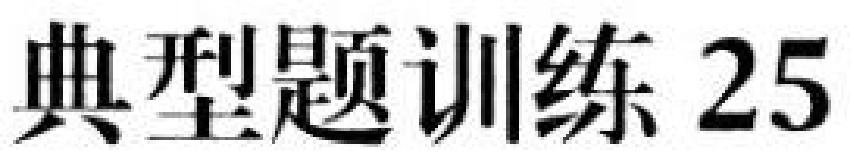
典型题训练 25